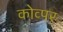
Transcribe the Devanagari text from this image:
कोव्पर